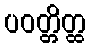
ပဝတ္တိတ္ထ